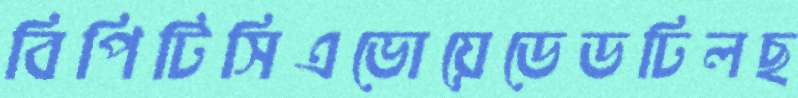
বিপিটিসিএভোয়েডেডঢিলছ